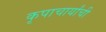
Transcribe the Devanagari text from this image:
कृपाचार्यांची